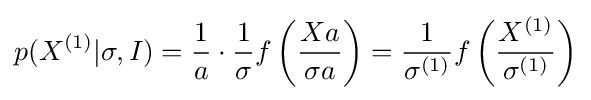
p(X^{(1)}|\sigma ,I)={1 \over a}\cdot {1 \over \sigma }f\left({Xa \over \sigma a}\right)={1 \over \sigma ^{(1)}}f\left({X^{(1)} \over \sigma ^{(1)}}\right)